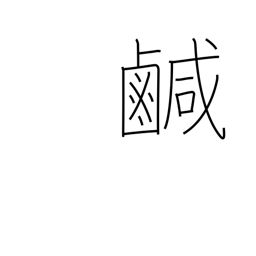
Meaning: salty